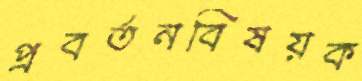
প্রবর্তনবিষয়ক